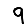
Digit: 9